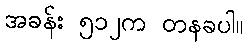
အခန်း ၅၁၂က တနခပါ။